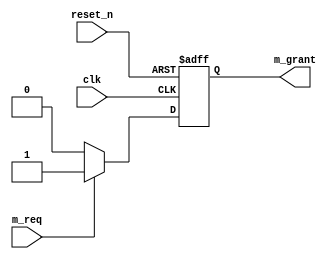
module BUS_arbit(clk, reset_n, m_req, m_grant);
  input clk, reset_n;
  input m_req;
  output m_grant;
  
  parameter IDLE = 1'b0; 
  parameter M = 1'b1;
  
  reg state, next_state;
  reg m_grant, next_m_grant;
  
  
  //Sequential circuit part
  always@(posedge clk, negedge reset_n) begin
    if(!reset_n) begin
	   state <= IDLE;
		m_grant <= 1'b0;
	 end
	 else begin
	   state <= next_state;
		m_grant <= next_m_grant;
	 end
  end
  
  
  always@(*) begin
  case(state)
  IDLE: begin
	 if(m_req) begin //state transition
	   next_state = M;
		next_m_grant = 1'b1;
	 end
	 else begin //!m0_req
	   next_state = IDLE;
		next_m_grant = 1'b0;
	 end
  end
  
  M: begin
	 if(!m_req) begin //state transition
	   next_state = IDLE;
		next_m_grant = 1'b0;
	 end
	 else begin //m_req==1
	   next_state = M;
		next_m_grant = 1'b1;
	 end
  end
  endcase
  end
  
  
endmodule